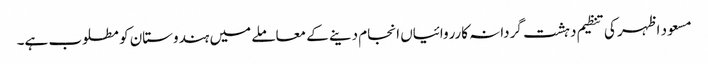
مسعود اظہر کی تنظیم دہشت گردانہ کارروائیاں انجام دینے کے معاملے میں ہندوستان کو مطلوب ہے۔